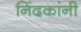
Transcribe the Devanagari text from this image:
निंदकांनी